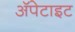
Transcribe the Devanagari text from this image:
अॅपेटाइट